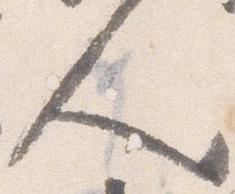
人